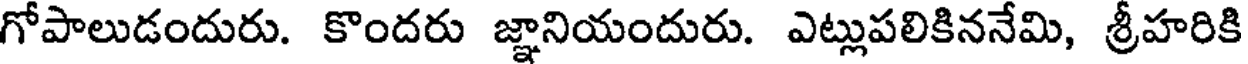
గోపాలుడందురు. కొందరు జ్ఞానియందురు. ఎట్లుపలికిననేమి, శ్రీహరికి